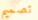
تصميم